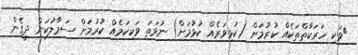
ވަކި ހަރަކާތްތަކެއް ކުރުމަށް (ކުޅިވަރެއް ކުޅުމަށް) ނުވަތަ ވަކިކަމެއް ކުރުމަށް ސަމާލުކަން ދީގެން